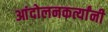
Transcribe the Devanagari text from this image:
आंदोलनकर्त्यांनी